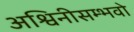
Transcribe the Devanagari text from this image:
अश्विनीसम्भवो